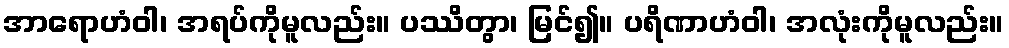
အာရောဟံဝါ၊ အရပ်ကိုမူလည်း။ ပဿိတွာ၊ မြင်၍။ ပရိဏာဟံဝါ၊ အလုံးကိုမူလည်း။